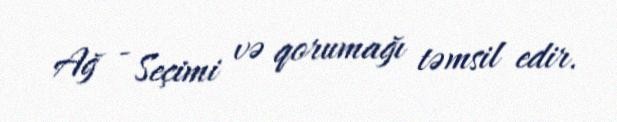
Ağ - Seçimi və qorumağı təmsil edir.